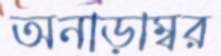
অনাড়াম্বর